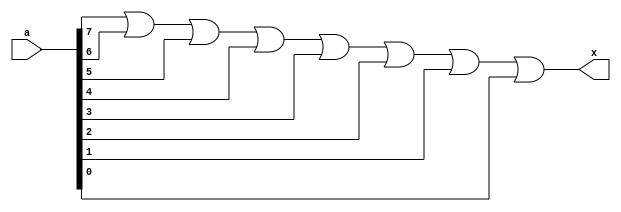
////MODULOS
//module GOR8(a,b,c,d,e,f,g,h,x);
//	input a,b,c,d,e,f,g,h;
//	output x;
////ASIGNACIONES
//assign x=a|b|c|d|e|f|g|h;
//endmodule

//MODULOS
module GOR8(a,x);
	input [7:0] a;
	output x;
//ASIGNACIONES
assign x= a[7]|a[6]|a[5]|a[4]|a[3]|a[2]|a[1]|a[0];
endmodule